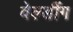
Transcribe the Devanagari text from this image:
वेल्डींग